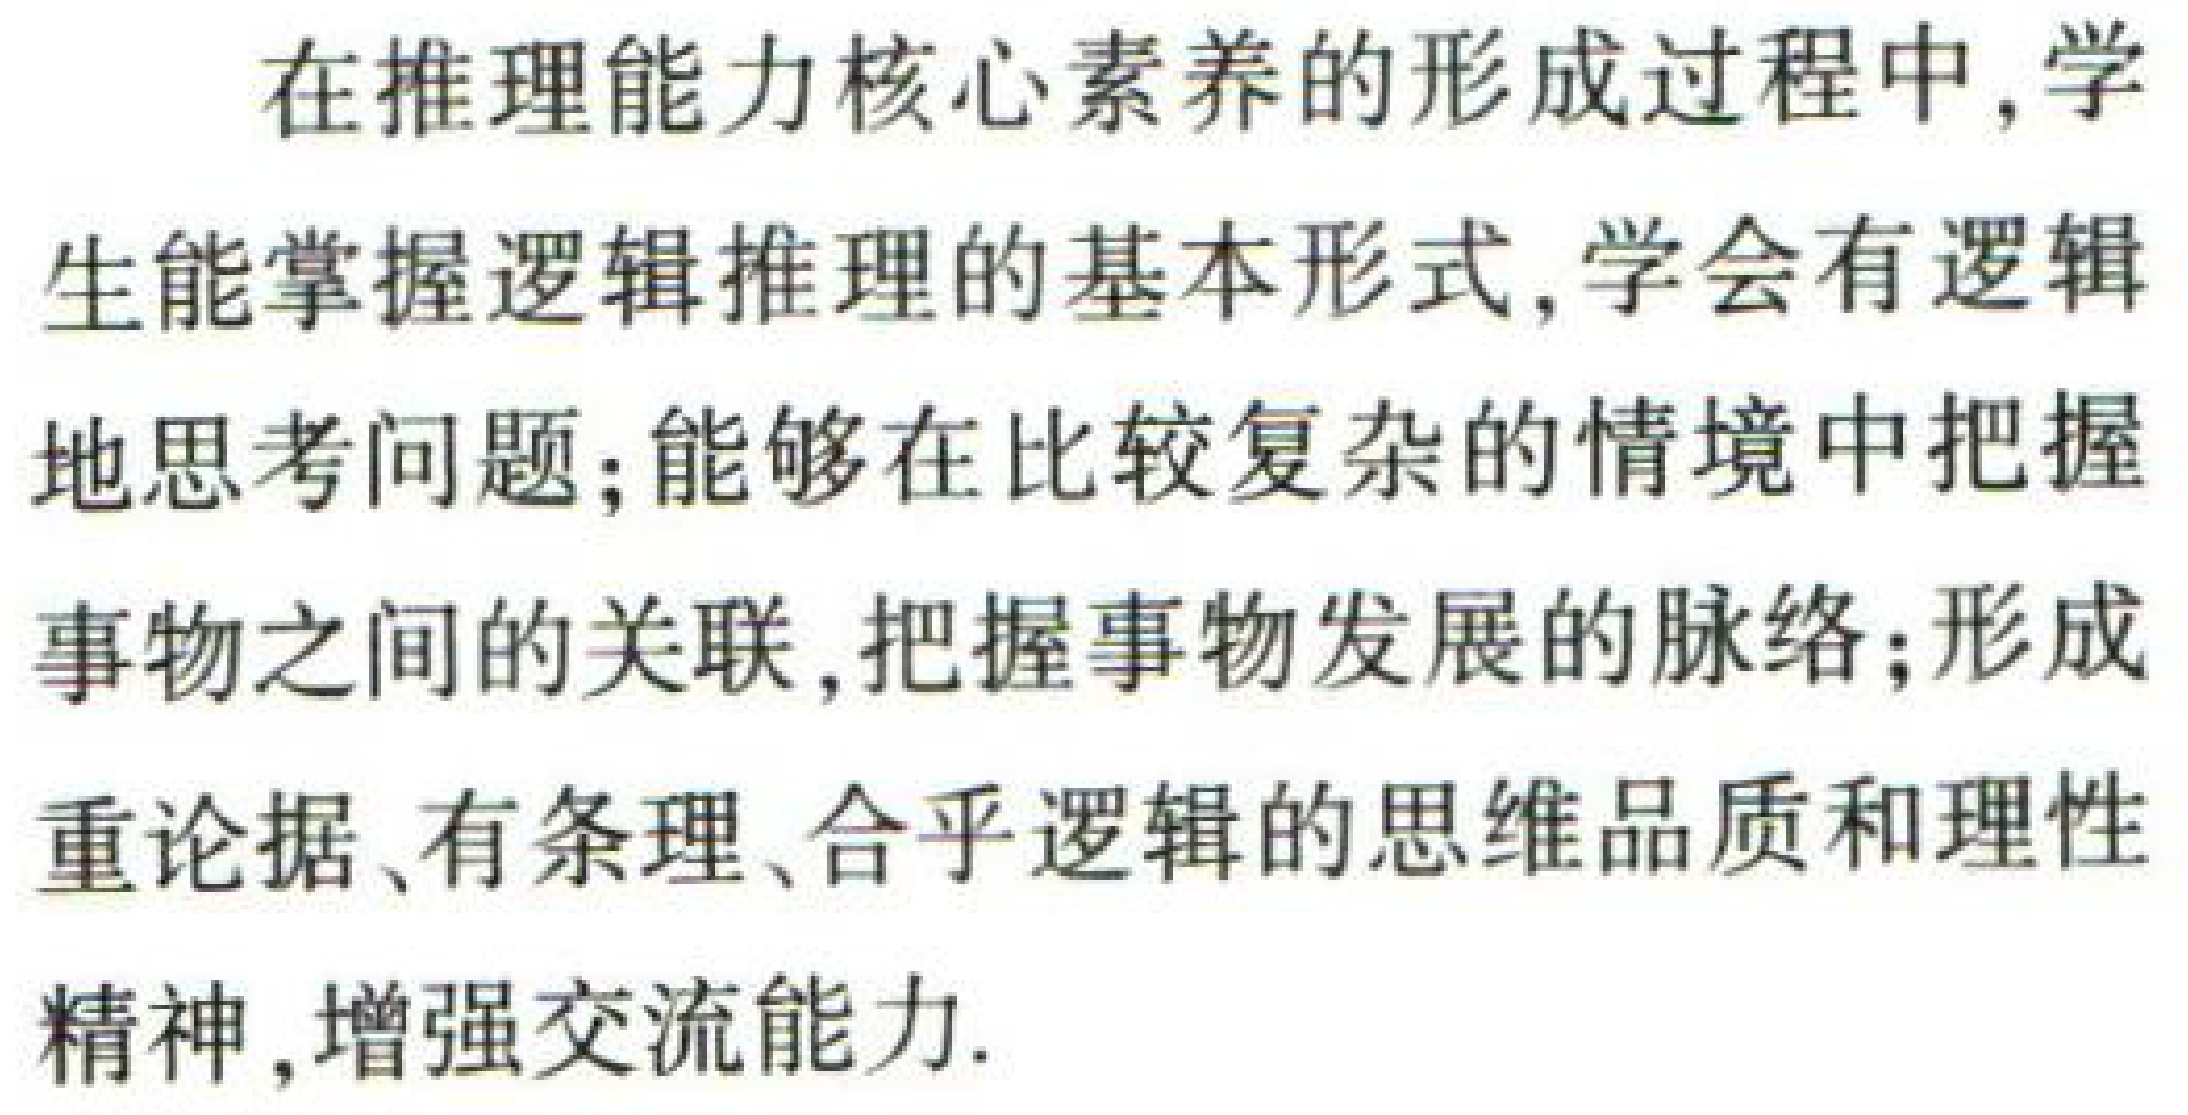
在推理能力核心素养的形成过程中, 学

生能掌握逻辑推理的基本形式, 学会有逻辑

地思考问题; 能够在比较复杂的情境中把握

事物之间的关联, 把握事物发展的脉络; 形成

重论据、有条理、合乎逻辑的思维品质和理性

精神, 增强交流能力.